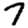
Digit: 7